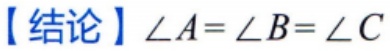
【结论】$\angle A = \angle B=\angle C$